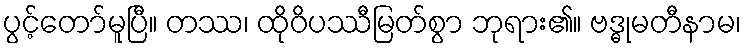
ပွင့်တော်မူပြီ။ တဿ၊ ထိုဝိပဿီမြတ်စွာ ဘုရား၏။ ဗဒ္ဓုမတီနာမ၊